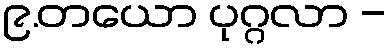
၉.တယော ပုဂ္ဂလာ -